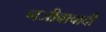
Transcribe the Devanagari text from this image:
नजीबाबादी